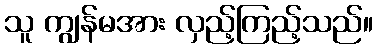
သူ ကျွန်မအား လှည့်ကြည့်သည်။